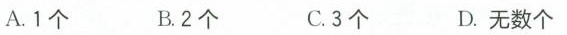
A.1个 B.2个 .3个 D.无数个